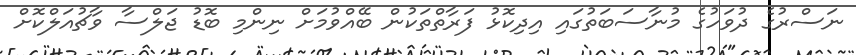
ނަސްރުގެ ދުވަހުގެ މުނާސަބަތުގައި އިދިކޮޅު ފަރާތްތަކުން ބޭއްވުމަށް ނިންމި ބޮޑު ޖަލްސާ ވާޗުއަލްކޮށް